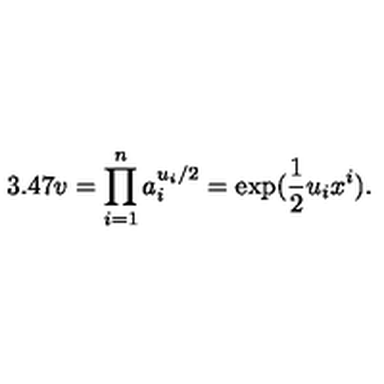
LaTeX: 3 . 4 7 v = \prod _ { i = 1 } ^ { n } a _ { i } ^ { u _ { i } / 2 } = \exp ( \frac { 1 } { 2 } u _ { i } x ^ { i } ) .